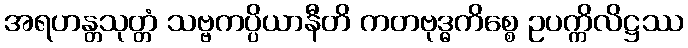
အရဟန္တသုတ္တံ သဗ္ဗကပ္ပိယာနီတိ ကတဗုဒ္ဓကိစ္စေ ဥပက္ကိလိဋ္ဌဿ